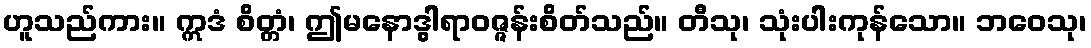
ဟူသည်ကား။ ဣဒံ စိတ္တံ၊ ဤမနောဒွါရာဝဇ္ဇန်းစိတ်သည်။ တီသု၊ သုံးပါးကုန်သော။ ဘဝေသု၊